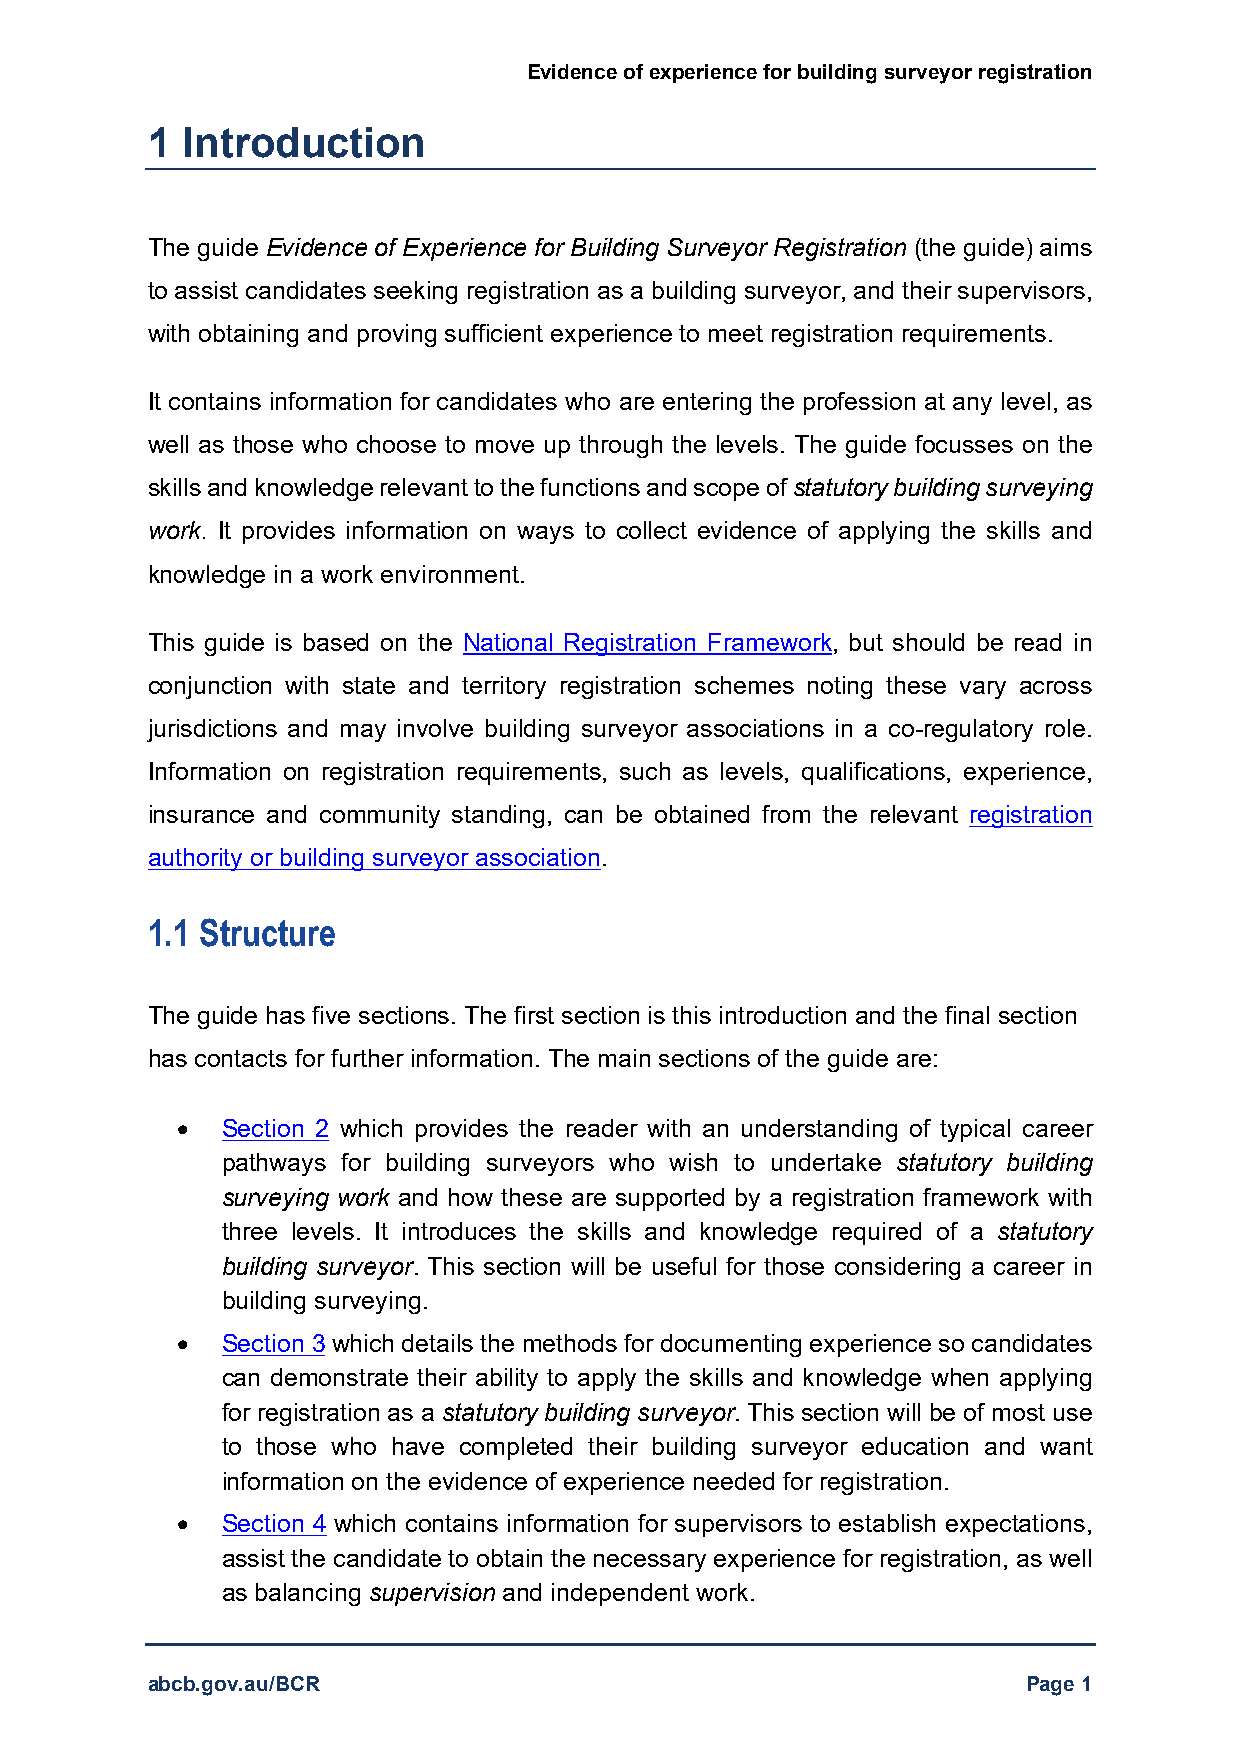
Evidence of experience for building surveyor registration
 1 Introduction
 The guide Evidence of Experience for Building Surveyor Registration (the guide) aims
 to assist candidates seeking registration as a building surveyor, and their supervisors,
 with obtaining and proving sufficient experience to meet registration requirements.
 It contains information for candidates who are entering the profession at any level, as
 well as those who choose to move up through the levels. The guide focusses on the
 skills and knowledge relevant to the functions and scope of statutory building surveying
 work. It provides information on ways to collect evidence of applying the skills and
 knowledge in a work environment.
 This guide is based on the National Registration Framework, but should be read in
 conjunction with state and territory registration schemes noting these vary across
 jurisdictions and may involve building surveyor associations in a co-regulatory role.
 Information on registration requirements, such as levels, qualifications, experience,
 insurance and community standing, can be obtained from the relevant registration
 authority or building surveyor association.
 1.1 Structure
 The guide has five sections. The first section is this introduction and the final section
 has contacts for further information. The main sections of the guide are:
   Section 2 which provides the reader with an understanding of typical career
 pathways for building surveyors who wish to undertake statutory building
 surveying work and how these are supported by a registration framework with
 three levels. It introduces the skills and knowledge required of a statutory
 building surveyor. This section will be useful for those considering a career in
 building surveying.
   Section 3 which details the methods for documenting experience so candidates
 can demonstrate their ability to apply the skills and knowledge when applying
 for registration as a statutory building surveyor. This section will be of most use
 to those who have completed their building surveyor education and want
 information on the evidence of experience needed for registration.
   Section 4 which contains information for supervisors to establish expectations,
 assist the candidate to obtain the necessary experience for registration, as well
 as balancing supervision and independent work.
 abcb.gov.au/BCR                                           Page 1